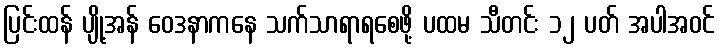
ပြင်းထန် ပျို့အန် ဝေဒနာကနေ သက်သာရာရစေဖို့ ပထမ သီတင်း ၁၂ ပတ် အပါအဝင်